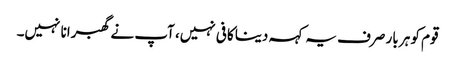
قوم کو ہر بار صرف یہ کہہ دینا کافی نہیں، آپ نے گھبرانا نہیں۔